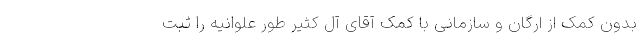
بدون کمک از ارگان و سازمانی با کمک آقای آل کثیر طورِ علوانیه را ثبت